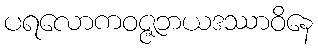
ပရလောကဝဇ္ဇဘယဒဿာဝိနေ